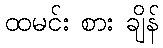
ထမင်း စား ချိန်